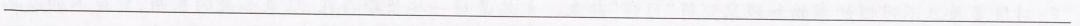
___